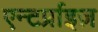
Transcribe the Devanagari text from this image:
एन्टर्प्राइज़